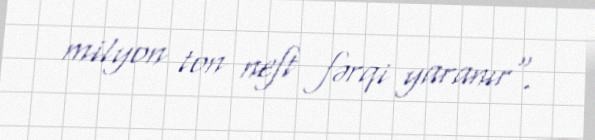
milyon ton neft fərqi yaranır".